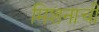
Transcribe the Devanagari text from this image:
मिशनाची